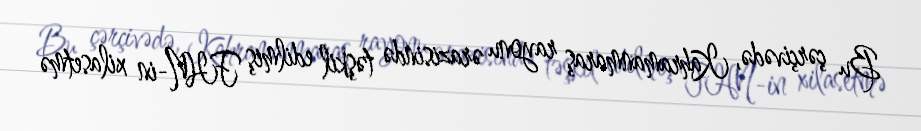
Bu çərçivədə, Kahramanmaraş rayonu ərazisində təşkil edilmiş FHN-in xilasetmə